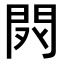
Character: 𨳥